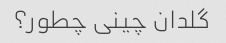
گلدان چینی چطور؟